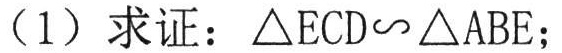
（1）求证：\(\triangle ECD\sim\triangle ABE\)；